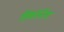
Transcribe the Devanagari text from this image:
सिंकोनीन